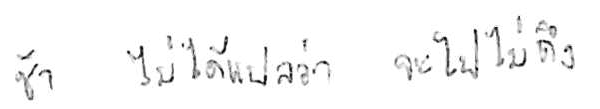
ช้า ไม่ได้แปลว่า จะไปไม่ถึง